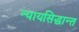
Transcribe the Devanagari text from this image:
न्यायसिद्धान्त